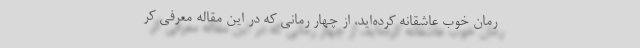
رمان خوب عاشقانه کرده‌اید، از چهار رمانی که در این مقاله معرفی کر